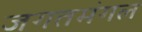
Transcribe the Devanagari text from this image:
जगतमंगल